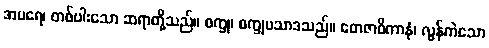
အပရေ၊ တစ်ပါးသော ဆရာတို့သည်။ စက္ခု၊ စက္ခုပသာဒသည်။ တေဇာဓိကာနံ၊ လွန်ကဲသော